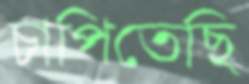
চাপিতেছি